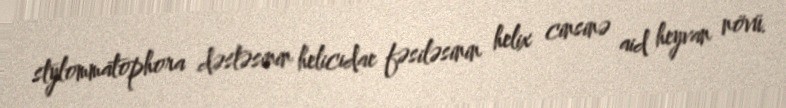
stylommatophora dəstəsinin helicidae fəsiləsinin helix cinsinə aid heyvan növü.